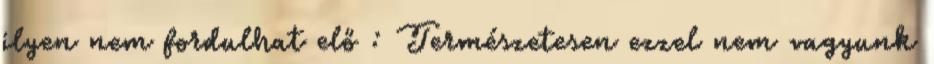
ilyen nem fordulhat elő : Természetesen ezzel nem vagyunk